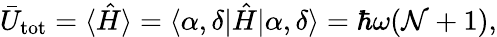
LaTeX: \begin{array}{r}{\bar{U}_{\mathrm{tot}}=\langle\hat{H}\rangle=\langle\alpha,\delta|\hat{H}|\alpha,\delta\rangle=\hbar\omega({\cal N}+1),}\end{array}